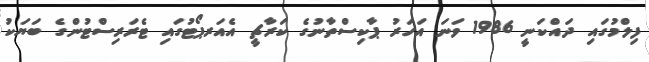
ފިލްމުގައި ދައްކަނީ 1986 ވަނަ އަހަރު ޕާކިސްތާނުގެ ކަރާޗީ އެއަރޕޯޓުގައި ޓެރަރިސްޓުންގެ ބަޔަކު